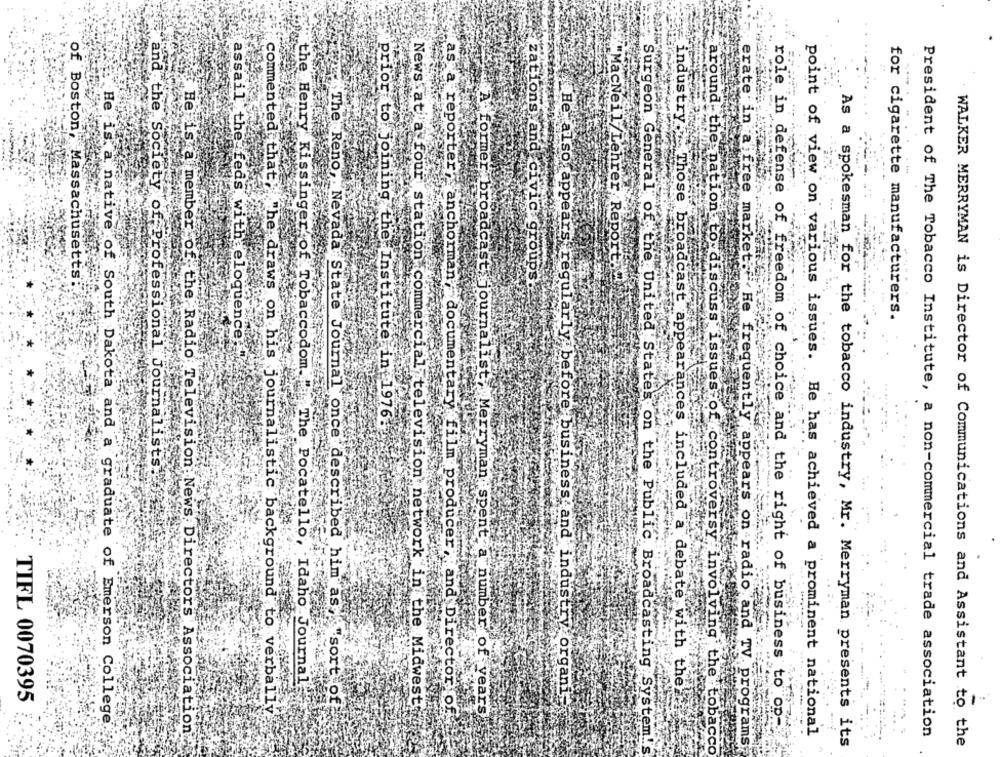
asa
He".
reporter"
role in defense
"MacNeil/Lehrer, Report.
of Boston, Massachusetts
zations and civic groups.
for cigarette manufacturers.
assail the feds with eloquence
point of view on various issues.
prior to joining the Institute in 1976.
Surgeon General of the United States on
and the Society of Professional Journalists.
the Henry Kissinger of Tobaccodom. " The Pocatello, Idaho Journal"
He also appears regularly before business and industry organi;
industry. Those broadcast appearances included a debate with the
TIFL 0070395
News at a four station commercial television network in the Midwest
commented that. "he draws on his journalistic background to verbally
The Reno, Nevada State Journal once described him as "sort of
native of South Dakota and a graduate of Emerson College
"anchorman , documentary film producer, and Director of.
A former broadcast journalist, Merryman spent a number of years
role in defense of freedom of choice and the right of business to op-
He has achieved a prominent national
President of The Tobacco Institute, a non-commercial trade association
He is a member of the Radio Television News Directors Association"
erate in a free markets" He frequently appears on radio and TV programs
As a spokesman for the tobacco industry, Mr. Merryman presents its
WALKER MERRYMAN is Director of Communications and Assistant to the
on the Public Broadcasting System!'
around the nation to discuss issues of controversy involving the tobacco